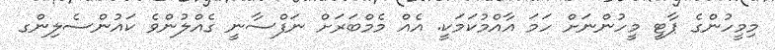
މިމީހުންގެ ޕާޓީ މީހުންނަށް ހަމަ އާއްމުކަމަކީ. އެއް މެމްބަރަށް ނަފްސާނީ ގެއްލުންވެ ކައުންސެލިންގ